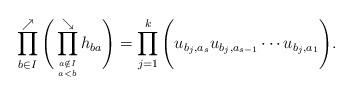
LaTeX: \begin{gather*}\prod_{b \in I}^{\nearrow}\Bigg(\prod_{a \notin I \atop a < b}^{\searrow} h_{ba} \Bigg)= \prod_{j=1}^{k} \Bigg( u_{b_{j},a_{s}} u_{b_{j},a_{s-1}} \cdots u_{b_{j},a_{1}} \Bigg). \end{gather*}